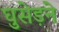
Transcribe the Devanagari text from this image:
घुसेड़ने